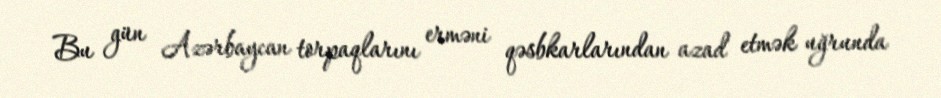
Bu gün Azərbaycan torpaqlarını erməni qəsbkarlarından azad etmək uğrunda